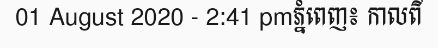
01 August 2020 - 2:41 pmភ្នំពេញ៖ កាលពី